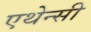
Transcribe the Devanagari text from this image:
एथेन्सी